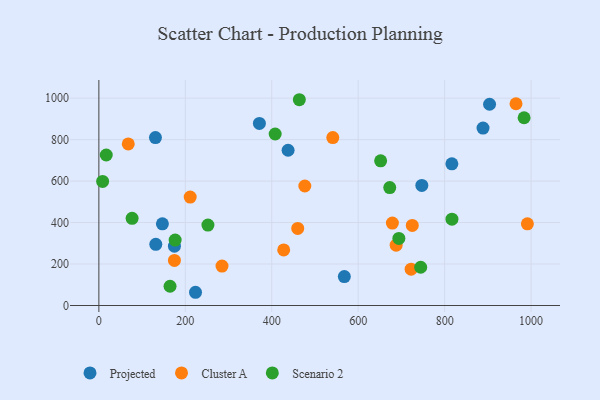
{"axis": {"x": "Price", "y": "Exam Score"}, "legend": ["Cluster A", "Projected", "Scenario 2"], "data": [{"x": "371.4", "y": 878.0, "type": "Projected"}, {"x": "147.0", "y": 393.7, "type": "Projected"}, {"x": "223.6", "y": 63.8, "type": "Projected"}, {"x": "174.8", "y": 285.9, "type": "Projected"}, {"x": "437.8", "y": 748.8, "type": "Projected"}, {"x": "816.7", "y": 683.3, "type": "Projected"}, {"x": "130.9", "y": 809.7, "type": "Projected"}, {"x": "567.9", "y": 139.4, "type": "Projected"}, {"x": "131.7", "y": 295.1, "type": "Projected"}, {"x": "888.8", "y": 855.7, "type": "Projected"}, {"x": "903.9", "y": 970.6, "type": "Projected"}, {"x": "747.2", "y": 579.1, "type": "Projected"}, {"x": "687.8", "y": 291.0, "type": "Cluster A"}, {"x": "991.4", "y": 393.7, "type": "Cluster A"}, {"x": "284.9", "y": 190.3, "type": "Cluster A"}, {"x": "460.1", "y": 371.5, "type": "Cluster A"}, {"x": "541.2", "y": 810.1, "type": "Cluster A"}, {"x": "174.8", "y": 217.2, "type": "Cluster A"}, {"x": "211.3", "y": 523.0, "type": "Cluster A"}, {"x": "725.1", "y": 386.3, "type": "Cluster A"}, {"x": "722.4", "y": 175.3, "type": "Cluster A"}, {"x": "679.1", "y": 397.5, "type": "Cluster A"}, {"x": "68.0", "y": 779.4, "type": "Cluster A"}, {"x": "427.6", "y": 267.9, "type": "Cluster A"}, {"x": "476.5", "y": 576.4, "type": "Cluster A"}, {"x": "965.1", "y": 972.9, "type": "Cluster A"}, {"x": "17.1", "y": 725.9, "type": "Scenario 2"}, {"x": "694.1", "y": 323.5, "type": "Scenario 2"}, {"x": "164.7", "y": 92.8, "type": "Scenario 2"}, {"x": "76.9", "y": 420.6, "type": "Scenario 2"}, {"x": "176.5", "y": 315.5, "type": "Scenario 2"}, {"x": "407.9", "y": 827.2, "type": "Scenario 2"}, {"x": "651.9", "y": 697.7, "type": "Scenario 2"}, {"x": "744.6", "y": 184.6, "type": "Scenario 2"}, {"x": "983.8", "y": 905.4, "type": "Scenario 2"}, {"x": "463.8", "y": 992.4, "type": "Scenario 2"}, {"x": "8.7", "y": 598.2, "type": "Scenario 2"}, {"x": "673.0", "y": 568.9, "type": "Scenario 2"}, {"x": "252.3", "y": 387.9, "type": "Scenario 2"}, {"x": "816.9", "y": 416.4, "type": "Scenario 2"}]}